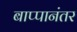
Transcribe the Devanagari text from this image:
बाप्पानंतर